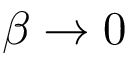
\beta \to 0